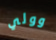
وولي